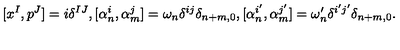
[ x ^ { I } , p ^ { J } ] = i \delta ^ { I J } , [ \alpha _ { n } ^ { i } , \alpha _ { m } ^ { j } ] = \omega _ { n } \delta ^ { i j } \delta _ { n + m , 0 } , [ \alpha _ { n } ^ { i ^ { \prime } } , \alpha _ { m } ^ { j ^ { \prime } } ] = \omega _ { n } ^ { \prime } \delta ^ { i ^ { \prime } j ^ { \prime } } \delta _ { n + m , 0 } .